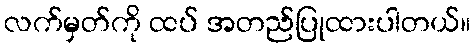
လက်မှတ်ကို ထပ် အတည်ပြုထားပါတယ်။